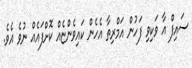
ސައިފް އާ ވަކިވި ފަހުން އަމްރިތާ އެހެން ކައިވެންޏެއް ކޮށްފައެއް ނުވެ އެވެ.